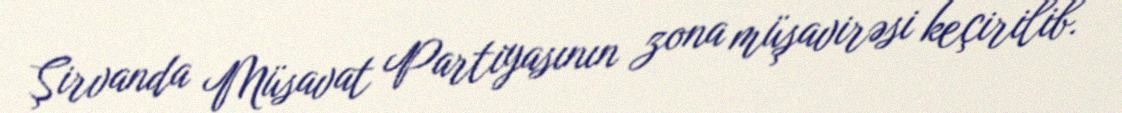
Şirvanda Müsavat Partiyasının zona müşavirəsi keçirilib.